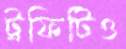
ট্রফিটিও